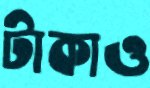
টাকাও